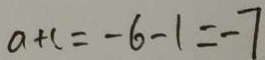
a + c = - 6 - 1 = - 7